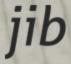
jib